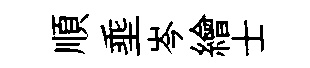
順埀岑繪士